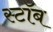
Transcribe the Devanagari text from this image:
स्टॉब